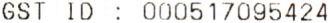
GST ID : 000517095424